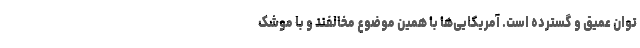
توان عمیق و گسترده است. آمریکایی‌ها با همین موضوع مخالفند و با موشک